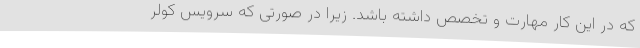
که در این کار مهارت و تخصص داشته باشد. زیرا در صورتی که سرویس کولر